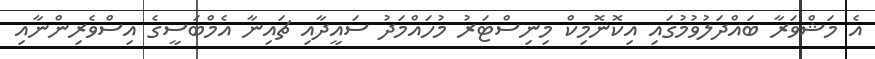
އެ މަޝްވަރާ ބައްދަލުވުމުގައި އިކޮނޮމިކް މިނިސްޓަރު މުހައްމަދު ސައީދާއި ޗައިނާ އެމްބަސީގެ އިސްވެރިންނާއި